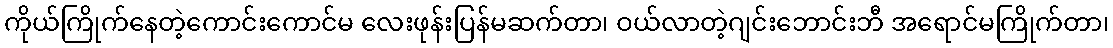
ကိုယ်ကြိုက်နေတဲ့ကောင်းကောင်မ လေးဖုန်းပြန်မဆက်တာ၊ ဝယ်လာတဲ့ဂျင်းဘောင်းဘီ အရောင်မကြိုက်တာ၊